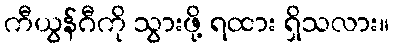
ကီယွန်ဂီကို သွားဖို့ ရထား ရှိသလား။